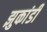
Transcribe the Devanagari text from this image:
झुकांडी